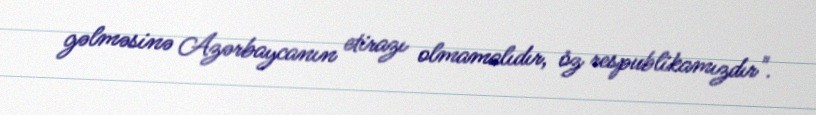
gəlməsinə Azərbaycanın etirazı olmamalıdır, öz respublikamızdır".